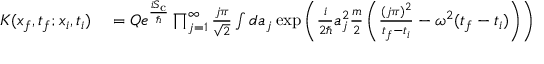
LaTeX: \begin{array} { r l } { K ( x _ { f } , t _ { f } ; x _ { i } , t _ { i } ) } & { { } = Q e ^ { \frac { i S _ { \mathrm { c } } } { \hbar } } \prod _ { j = 1 } ^ { \infty } { \frac { j \pi } { \sqrt { 2 } } } \int d a _ { j } \exp { \left( { \frac { i } { 2 \hbar } } a _ { j } ^ { 2 } { \frac { m } { 2 } } \left( { \frac { ( j \pi ) ^ { 2 } } { t _ { f } - t _ { i } } } - \omega ^ { 2 } ( t _ { f } - t _ { i } ) \right) \right) } } \end{array}